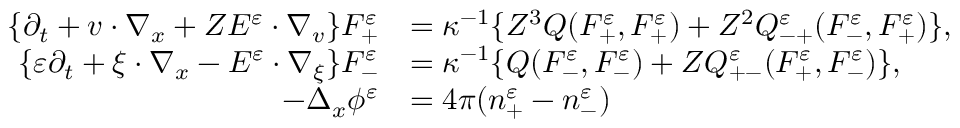
\begin{array} { r l } { \{ \partial _ { t } + v \cdot \nabla _ { x } + Z E ^ { \varepsilon } \cdot \nabla _ { v } \} F _ { + } ^ { \varepsilon } } & { = \kappa ^ { - 1 } \{ Z ^ { 3 } Q ( F _ { + } ^ { \varepsilon } , F _ { + } ^ { \varepsilon } ) + Z ^ { 2 } Q _ { - + } ^ { \varepsilon } ( F _ { - } ^ { \varepsilon } , F _ { + } ^ { \varepsilon } ) \} , } \\ { \{ \varepsilon \partial _ { t } + \xi \cdot \nabla _ { x } - E ^ { \varepsilon } \cdot \nabla _ { \xi } \} F _ { - } ^ { \varepsilon } } & { = \kappa ^ { - 1 } \{ Q ( F _ { - } ^ { \varepsilon } , F _ { - } ^ { \varepsilon } ) + Z Q _ { + - } ^ { \varepsilon } ( F _ { + } ^ { \varepsilon } , F _ { - } ^ { \varepsilon } ) \} , } \\ { - \Delta _ { x } \phi ^ { \varepsilon } } & { = 4 \pi ( n _ { + } ^ { \varepsilon } - n _ { - } ^ { \varepsilon } ) } \end{array}